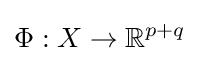
\Phi :X\rightarrow \mathbb {R} ^{p+q}